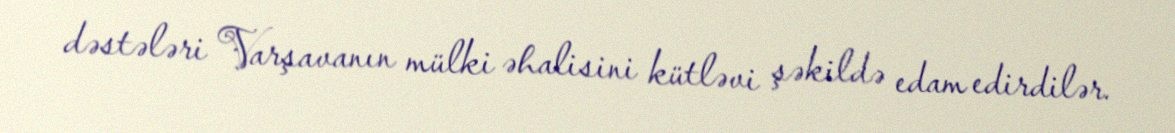
dəstələri Varşavanın mülki əhalisini kütləvi şəkildə edam edirdilər.